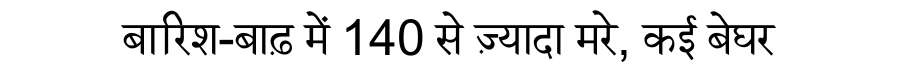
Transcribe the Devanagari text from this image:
बारिश-बाढ़ में 140 से ज़्यादा मरे, कई बेघर